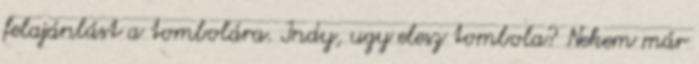
felajánlást a tombolára. Indy, ugy elesz tombola? Nekem már